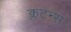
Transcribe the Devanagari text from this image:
क्लटन्स